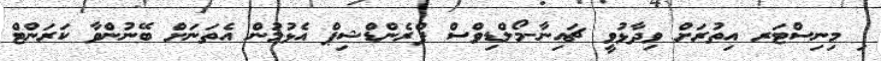
ި މިނިސްޓަރ އިތުރަށް ވިދާޅުވީ ޗައިނާ-މޯލްޑިވްސް ފްރެންޑްޝިޕް އެޅުމުން އެތަނަށް ބޭނުންވާ ކަރަންޓް